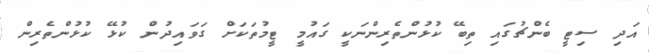
އަދި ސިޓީ ބެންޗުގައި ތިބޭ ކުޅުންތެރިންނަކީ ގައުމީ ޓީމުތަކަށް ގަވައިދުން ކުޅޭ ކުޅުންތެރިން